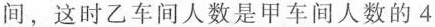
间，这时乙车间人数是甲车间人数的4